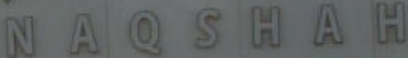
NAQSHAH